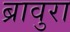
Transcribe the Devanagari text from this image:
ब्रावुरा